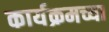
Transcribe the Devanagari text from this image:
कार्यक्रमच्या